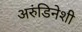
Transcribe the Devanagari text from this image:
अरुंडिनेशी